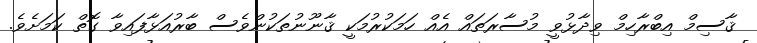
ޤާސިމް އިބްރާހިމް ވިދާޅުވީ މުސާރަތައް އެއް ހަމަކުރުމަކީ ޤާނޫނުތަކުންވެސް ބާރުއަޅާފައިވާ ގޮތް ކަމަށެވެ.